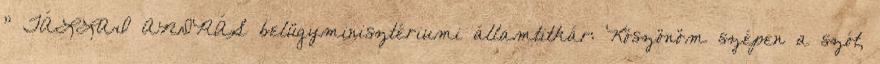
" TÁLLAI ANDRÁS belügyminisztériumi államtitkár: Köszönöm szépen a szót,